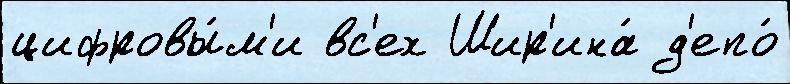
цифровы́м'и вс'ех Шир'ина́ д'епо́